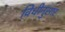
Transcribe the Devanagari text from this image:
विधीनुसार